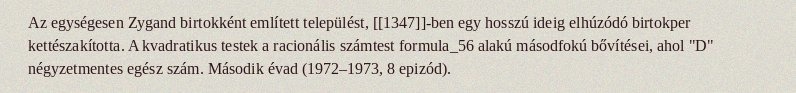
Az egységesen Zygand birtokként említett települést, [[1347]]-ben egy hosszú ideig elhúzódó birtokper kettészakította. A kvadratikus testek a racionális számtest formula_56 alakú másodfokú bővítései, ahol "D" négyzetmentes egész szám. Második évad (1972–1973, 8 epizód).